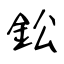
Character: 鈆